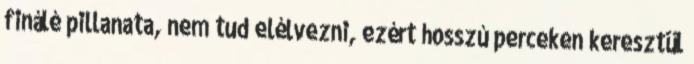
finálé pillanata, nem tud elélvezni, ezért hosszú perceken keresztül